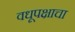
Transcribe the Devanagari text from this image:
वधूपक्षाचा